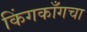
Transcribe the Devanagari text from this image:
किंगकाँगचा